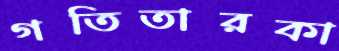
গতিতারকা